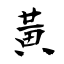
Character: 黃